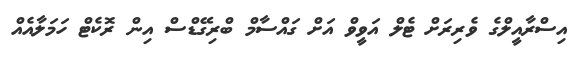
އިސްރާއީލްގެ ވެރިރަށް ޓެލް އަވީވް އަށް ގައްސާމް ބްރިގޭޑްސް އިން ރޮކެޓް ހަމަލާއެއް